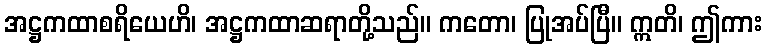
အဋ္ဌကထာစရိယေဟိ၊ အဋ္ဌကထာဆရာတို့သည်။ ကတော၊ ပြုအပ်ပြီ။ ဣတိ၊ ဤကား